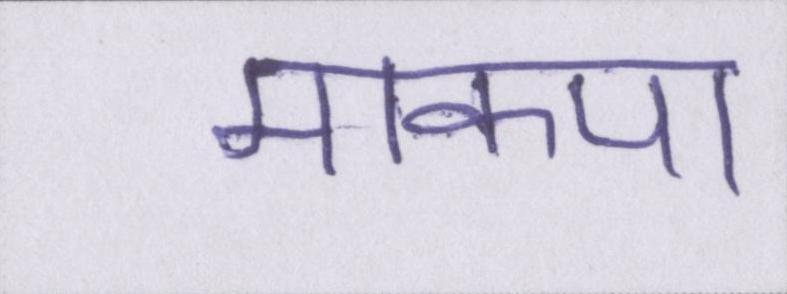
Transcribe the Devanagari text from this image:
माकपा